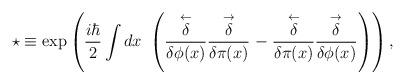
LaTeX: \begin{align*}\star \equiv \exp \left( {\frac{i\hbar }{2}}\int dx~ \left( \stackrel{\leftarrow } {\delta\over\delta\phi (x)} \stackrel{\rightarrow }{\delta\over\delta\pi (x)}-\stackrel{\leftarrow }{\delta\over\delta\pi (x)}\stackrel{\rightarrow }{\delta\over\delta\phi (x)}\right) \right) ,\end{align*}